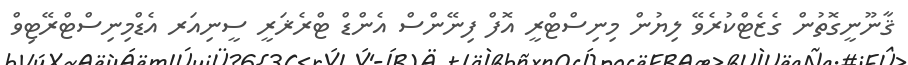
ޤާނޫނީގޮތުން ގެޒެޓްކުރެވޭ ލިޔުން މިނިސްޓްރީ އޮފް ފިނޭންސް އެންޑް ޓްރެޜަރީ ސީނިއަރ އެޑްމިނިސްޓްރޭޓިވް